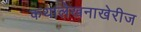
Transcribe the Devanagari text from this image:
कथालेखनाखेरीज